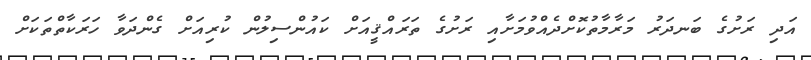
އަދި ރަށުގެ ބަނދަރު މަރާމާތުކޮށްދެއްވުމަށާއި ރަށުގެ ތަރައްޤީއަށް ކައުންސިލުން ކުރިއަށް ގެންދަވާ ހަރަކާތްތަކަށް